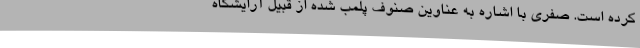
کرده‌ است. صفری با اشاره به عناوین صنوف پلمب شده از قبیل آرایشگاه